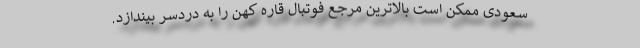
سعودی ممکن است بالاترین مرجع فوتبال قاره کهن را به دردسر بیندازد.